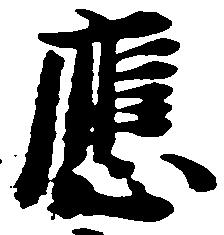
応